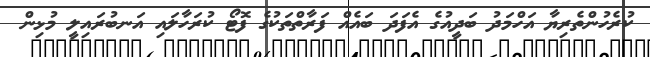
ކުރެހުންތެރިޔާ އަހްމަދު ބަދީއުގެ އެފަދަ ބައެއް ފަރާތްތަކުގެ ފޮޓޯ ކުރަހާލައި އަނބުރައިލީ މުޅިން